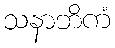
သနာဘိကံ